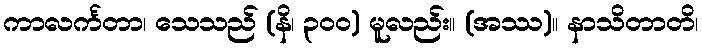
ကာလင်္ကတာ၊ သေသည် (နိ၊ ၃၀၀) မူလည်း။ (အဿ)။ နာသိတာတိ၊